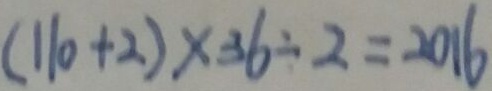
( 1 1 0 + 2 ) \times 3 6 \div 2 = 2 0 1 6